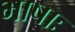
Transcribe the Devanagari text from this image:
भाषाः